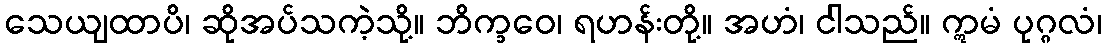
သေယျထာပိ၊ ဆိုအပ်သကဲ့သို့။ ဘိက္ခဝေ၊ ရဟန်းတို့။ အဟံ၊ ငါသည်။ ဣမံ ပုဂ္ဂလံ၊